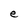
Character: e